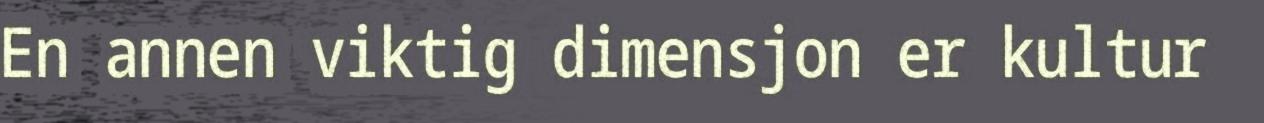
En annen viktig dimensjon er kultur